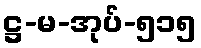
ဋ္ဌ-မ-အုပ်-၅၁၅